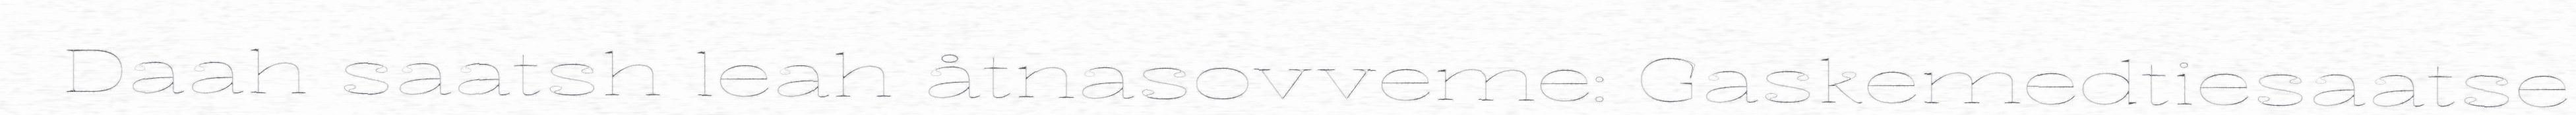
Daah saatsh leah åtnasovveme: Gaskemedtiesaatse